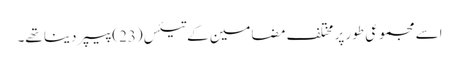
اسے مجموعی طور پر مختلف مضامین کے تیئس(23) پیپر دینا تھے۔